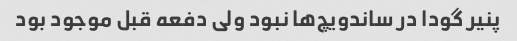
پنیر گودا در ساندویچ‌ها نبود ولی دفعه قبل موجود بود